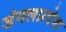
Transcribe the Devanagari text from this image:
जंगलप्रदेश